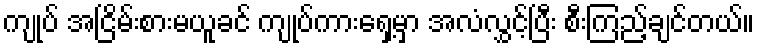
ကျုပ် အငြိမ်းစားမယူခင် ကျုပ်ကားရှေ့မှာ အလံလွှင့်ပြီး စီးကြည့်ချင်တယ်။